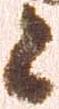
候